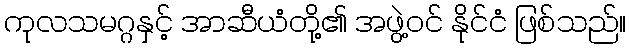
ကုလသမဂ္ဂနှင့် အာဆီယံတို့၏ အဖွဲ့ဝင် နိုင်ငံ ဖြစ်သည်။